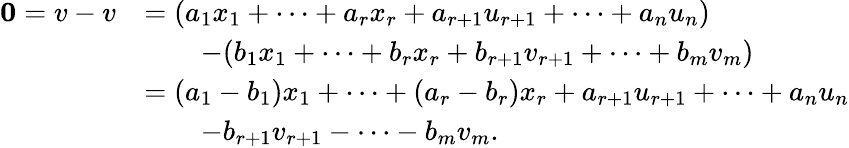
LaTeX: \begin{array}{rl}{\mathbf{0}=v-v}&{=(a_{1}x_{1}+\cdots+a_{r}x_{r}+a_{r+1}u_{r+1}+\cdots+a_{n}u_{n})}\\ &{\qquad-(b_{1}x_{1}+\cdots+b_{r}x_{r}+b_{r+1}v_{r+1}+\cdots+b_{m}v_{m})}\\ &{=(a_{1}-b_{1})x_{1}+\cdots+(a_{r}-b_{r})x_{r}+a_{r+1}u_{r+1}+\cdots+a_{n}u_{n}}\\ &{\qquad-b_{r+1}v_{r+1}-\cdots-b_{m}v_{m}.}\end{array}